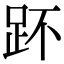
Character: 𧿤